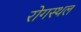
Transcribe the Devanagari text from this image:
रोगस्थल